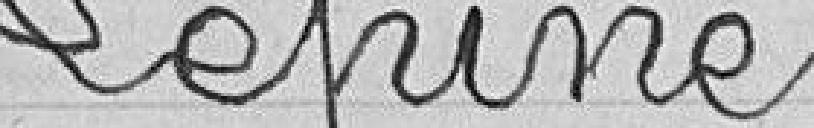
Lépine